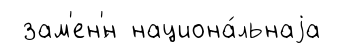
зам'ен'́н национа́льнаjа